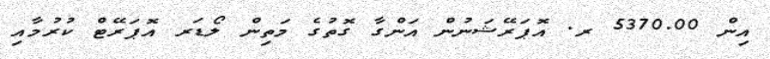
އިން 5370.00 ރ. އޮޕަރޭޝަނުން އަންގާ ގޮތުގެ މަތިން ލޯޑަރ އޮޕަރޭޓް ކުރުމާއި